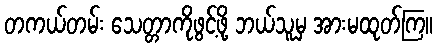
တကယ်တမ်း သေတ္တာကိုဖွင့်ဖို့ ဘယ်သူမှ အားမထုတ်ကြ။